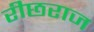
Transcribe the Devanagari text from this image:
रीछराज